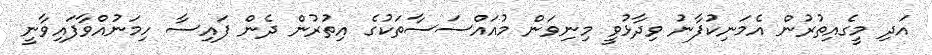
އަދި މީގެއިތުރުން އެމަނިކުފާނު ވިދާޅުވީ މިނިވަން މުއައްސަސާތަކުގެ އިތުރުން ދެން ފައިސާ ހިމަނުއްވާފައިވާނީ